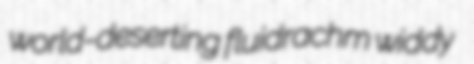
world-deserting fluidrachm widdy